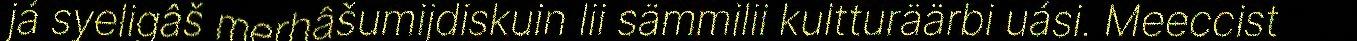
já syeligâš merhâšumijdiskuin lii sämmilii kultturäärbi uási. Meeccist